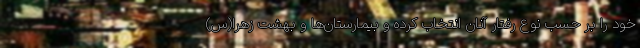
خود را بر حسب نوع رفتار آنان انتخاب کرده و بیمارستان‌ها و بهشت زهرا(س)